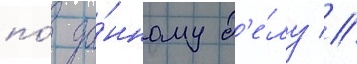
по́ да́нному д'е́лу //